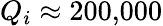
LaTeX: Q_{i}\approx 200{,}000